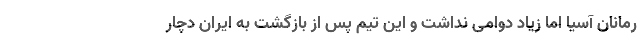
رمانان آسیا اما زیاد دوامی نداشت و این تیم پس از بازگشت به ایران دچار